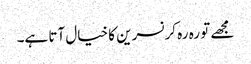
مجھے تو رہ رہ کر نسرین کا خیال آتا ہے۔